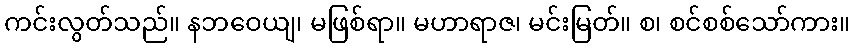
ကင်းလွတ်သည်။ နဘဝေယျ၊ မဖြစ်ရာ။ မဟာရာဇ၊ မင်းမြတ်။ စ၊ စင်စစ်သော်ကား။